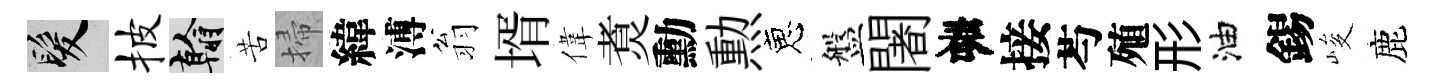
髮披翰苦掃緯溥翁壻偉煑勳勲恵盤闍春接芍殖形油錫峻鹿